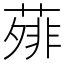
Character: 𬞃